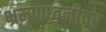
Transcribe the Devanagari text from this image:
भ्रमणध्वनीवर